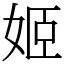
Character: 姬